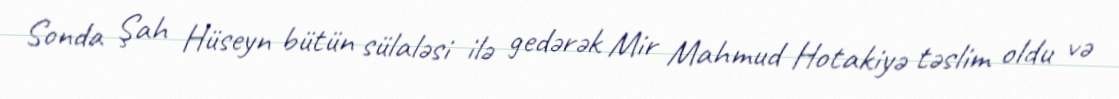
Sonda Şah Hüseyn bütün sülaləsi ilə gedərək Mir Mahmud Hotakiyə təslim oldu və